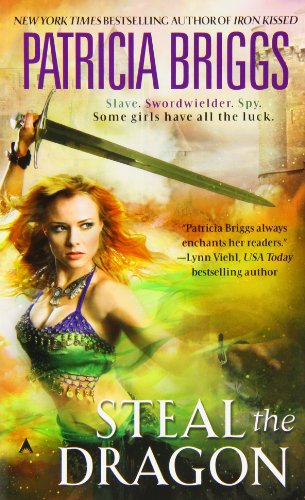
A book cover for Steal the Dragon (Sianim, No. 2); Patricia Briggs; Literature & Fiction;